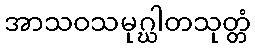
အာသဝသမုဂ္ဃါတသုတ္တံ